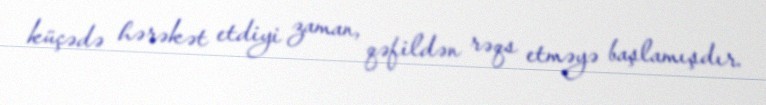
küçədə hərəkət etdiyi zaman, qəfildən rəqs etməyə başlamışdır.